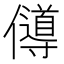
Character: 𠐵